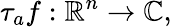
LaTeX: \tau_{a}f:\mathbb{R}^{n}\to\mathbb{C},